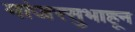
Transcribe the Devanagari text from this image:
मांजरसुभाहून